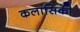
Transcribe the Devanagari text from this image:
कलासिकी